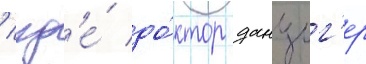
/ гд'е́ до́ктор данциг'ер